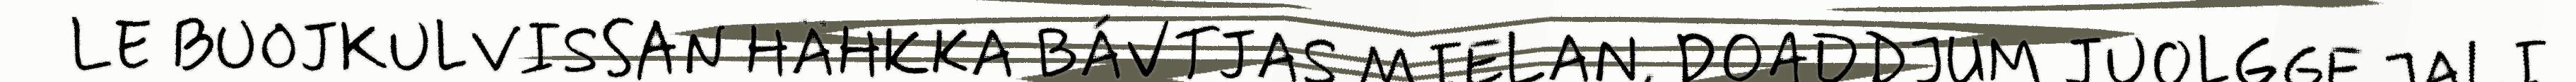
LE BUOJKULVISSAN HÄHKKA BÁVTJAS MIELAN, DOADDJUM JUOLGGE JALI